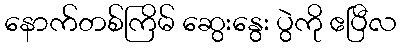
နောက်တစ်ကြိမ် ဆွေးနွေး ပွဲကို ဧပြီလ